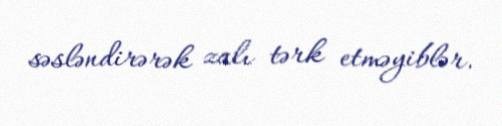
səsləndirərək zalı tərk etməyiblər.